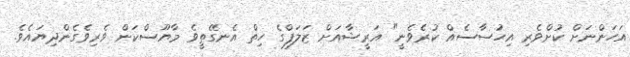
އަހަންނަށް ކުށްވެރި އިހުސާސެއް ކުރެވެނީ" އަރީޝާއަށް ޒަލަފްގެ ހިތް އެނގޭތީވެ މާޔޫސްކަން ވެރިވެގެންދިޔައެވެ.